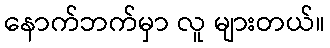
နောက်ဘက်မှာ လူ များတယ်။